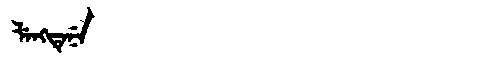
Manchu: ᠯᡝᠩᡨᡝᠨᡝ
Romanization: LENGTENE